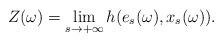
LaTeX: \begin{align*}Z(\omega)= \lim_{s \to +\infty} h(e_s(\omega), x_s(\omega)).\end{align*}